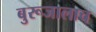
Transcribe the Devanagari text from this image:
बुरूजालाच